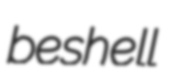
beshell